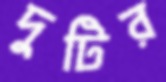
দুটির